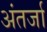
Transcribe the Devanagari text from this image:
अंतर्जा